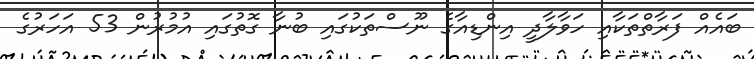
ބައެއް ފަރާތްތަކާއި ހަވާލާދީ އިންޑިއާގެ ނޫސްތަކުގައި ބުނާ ގޮތުގައި އުމުރުން 53 އަހަރުގެ